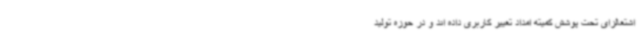
اشتغالزای تحت پوشش کمیته امداد تغییر کاربری داده اند و در حوزه تولید